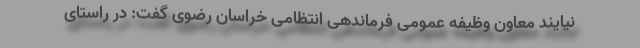
نیایند معاون وظیفه عمومی فرماندهی انتظامی خراسان رضوی گفت: در راستای